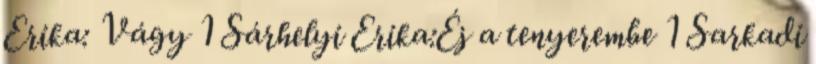
Erika: Vágy 1 Sárhelyi Erika:Éj a tenyerembe 1 Sarkadi